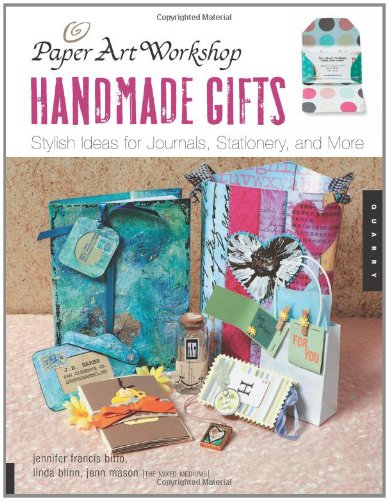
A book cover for Paper Art Workshop: Handmade Gifts: Stylish Ideas for Journals, Stationery, and More; Linda Blinn; Crafts, Hobbies & Home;